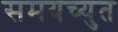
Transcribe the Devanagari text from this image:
समयच्युत